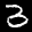
Label: 3